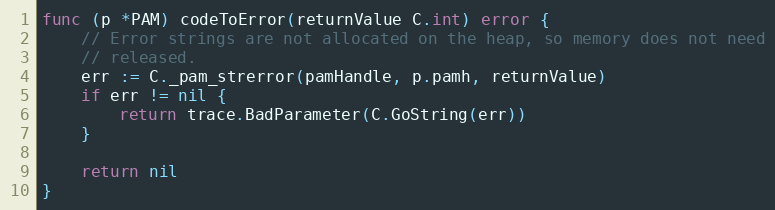
Language: Go
func (p *PAM) codeToError(returnValue C.int) error {
	// Error strings are not allocated on the heap, so memory does not need
	// released.
	err := C._pam_strerror(pamHandle, p.pamh, returnValue)
	if err != nil {
		return trace.BadParameter(C.GoString(err))
	}

	return nil
}